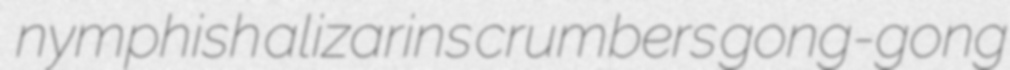
nymphish alizarins crumbers gong-gong